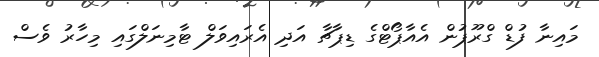
މައިނާ ފުޑް ގްރޫޕުން އެއާޕޯޓްގެ ޑިޕާޗާ އަދި އެރައިވަލް ޓާމިނަލްގައި މިހާރު ވެސް